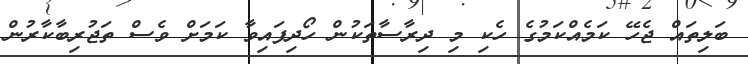
ބަލިތައް ޖެހޭ ކަމެއްކަމުގެ ހެކި މި ދިރާސާތަކުން ހޯދިފައިވާ ކަމަށް ވެސް ތަޖުރިބާކާރުން